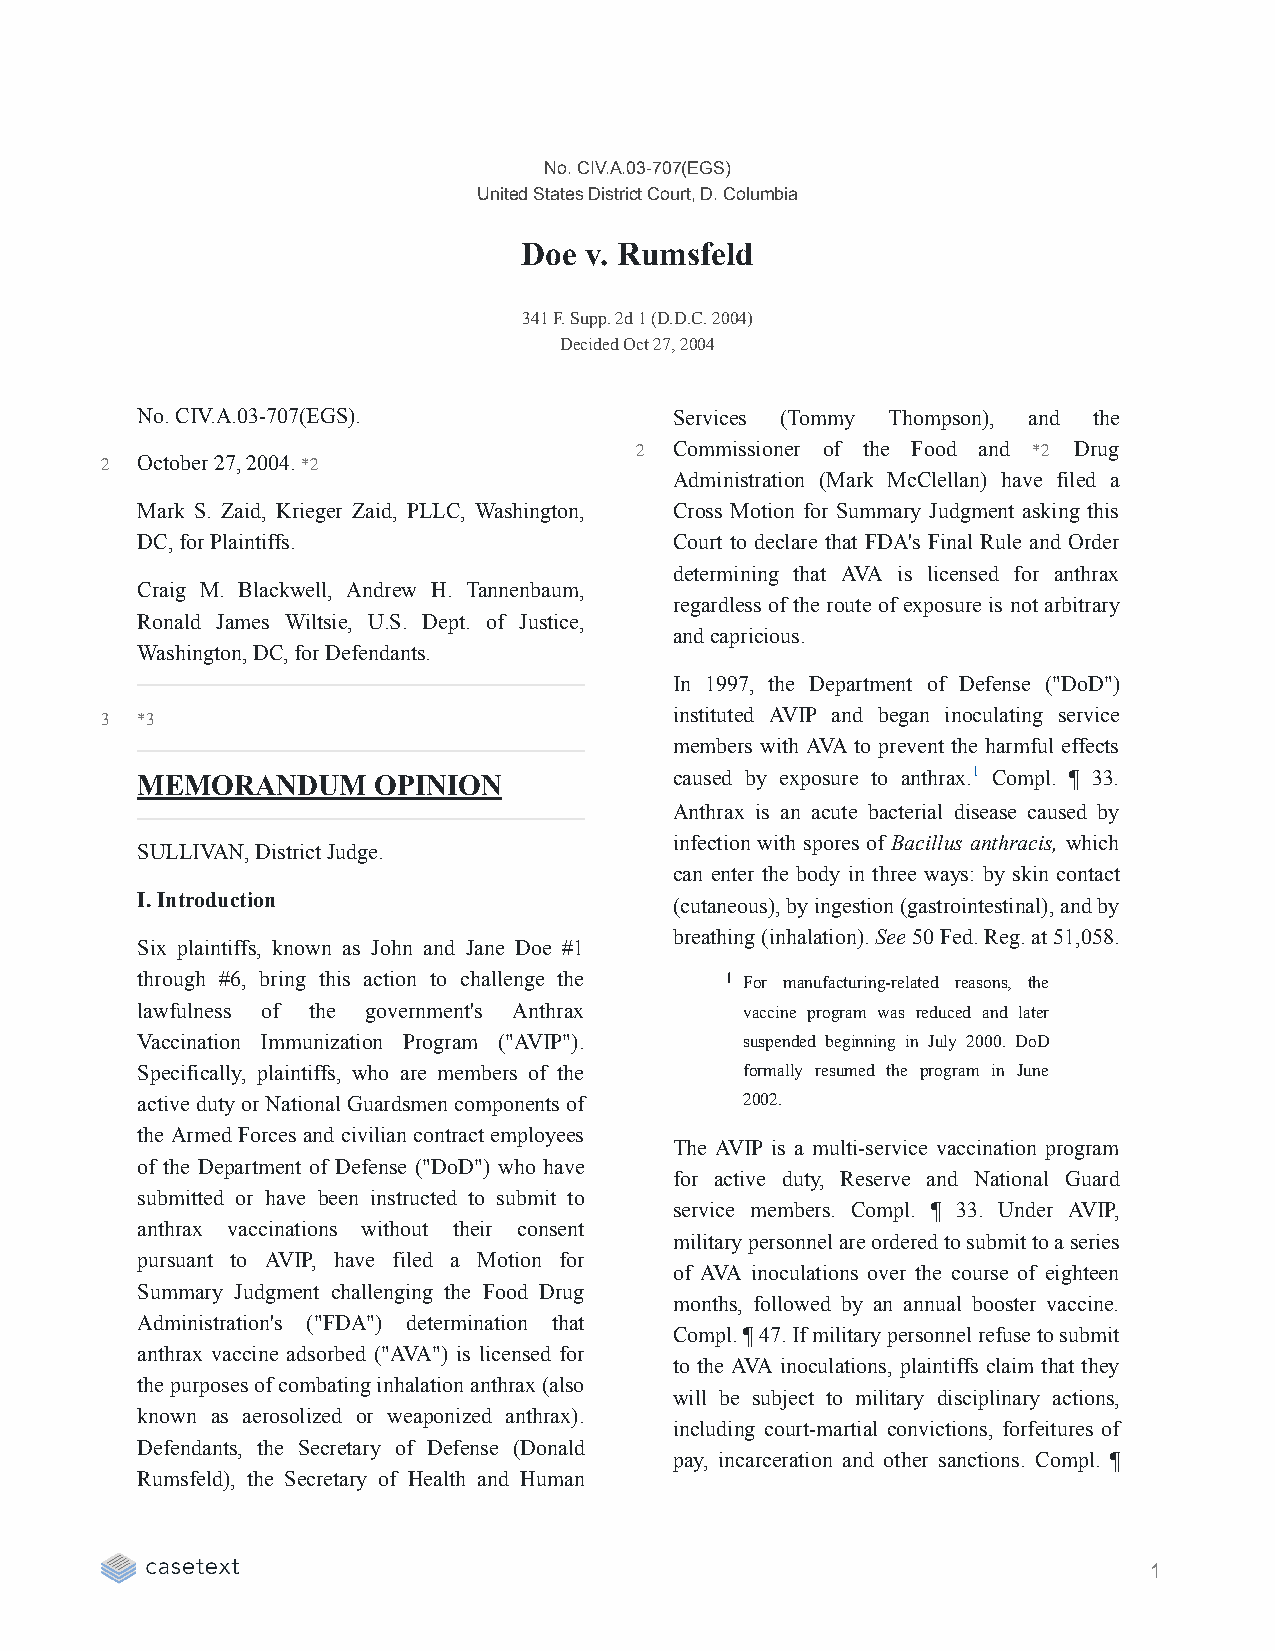
No. CIV.A.03-707(EGS)
 United States District Court, D. Columbia
 Doe v. Rumsfeld
 341 F. Supp. 2d 1 (D.D.C. 2004)
 Decided Oct 27, 2004
 No. CIV.A.03-707(EGS).              Services (Tommy Thompson), and the
 2  Commissioner of the Food and *2 Drug
 2 October 27, 2004. *2
 Administration (Mark McClellan) have filed a
 Mark S. Zaid, Krieger Zaid, PLLC, Washington, Cross Motion for Summary Judgment asking this
 DC, for Plaintiffs.                 Court to declare that FDA's Final Rule and Order
 determining that AVA is licensed for anthrax
 Craig M. Blackwell, Andrew H. Tannenbaum,
 regardless of the route of exposure is not arbitrary
 Ronald James Wiltsie, U.S. Dept. of Justice,
 and capricious.
 Washington, DC, for Defendants.
 In 1997, the Department of Defense ("DoD")
 instituted AVIP and began inoculating service
 3 *3
 members with AVA to prevent the harmful effects
 MEMORANDUM      OPINION             caused by exposure to anthrax.1 Compl. ¶ 33.
 Anthrax is an acute bacterial disease caused by
 infection with spores of Bacillus anthracis, which
 SULLIVAN, District Judge.
 can enter the body in three ways: by skin contact
 I. Introduction                     (cutaneous), by ingestion (gastrointestinal), and by
 breathing (inhalation). See 50 Fed. Reg. at 51,058.
 Six plaintiffs, known as John and Jane Doe #1
 through #6, bring this action to challenge the 1 For manufacturing-related reasons, the
 lawfulness of the government's Anthrax  vaccine program was reduced and later
 Vaccination Immunization Program ("AVIP"). suspended beginning in July 2000. DoD
 Specifically, plaintiffs, who are members of the formally resumed the program in June
 active duty or National Guardsmen components of 2002.
 the Armed Forces and civilian contract employees
 The AVIP is a multi-service vaccination program
 of the Department of Defense ("DoD") who have
 for active duty, Reserve and National Guard
 submitted or have been instructed to submit to
 service members. Compl. ¶ 33. Under AVIP,
 anthrax vaccinations without their consent
 military personnel are ordered to submit to a series
 pursuant to AVIP, have filed a Motion for
 of AVA inoculations over the course of eighteen
 Summary Judgment challenging the Food Drug
 months, followed by an annual booster vaccine.
 Administration's ("FDA") determination that
 Compl. ¶ 47. If military personnel refuse to submit
 anthrax vaccine adsorbed ("AVA") is licensed for
 to the AVA inoculations, plaintiffs claim that they
 the purposes of combating inhalation anthrax (also
 will be subject to military disciplinary actions,
 known as aerosolized or weaponized anthrax).
 including court-martial convictions, forfeitures of
 Defendants, the Secretary of Defense (Donald
 pay, incarceration and other sanctions. Compl. ¶
 Rumsfeld), the Secretary of Health and Human
 1